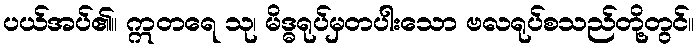
ပယ်အပ်၏။ ဣတရေ သု၊ မိဒ္ဓရုပ်မှတပါးသော ဗလရုပ်စသည်တို့တွင်။